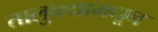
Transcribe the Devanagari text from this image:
तालुक्‍यामधून